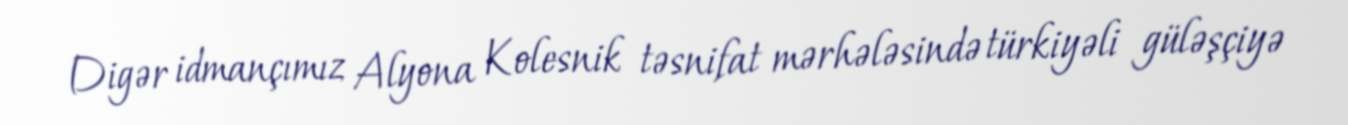
Digər idmançımız Alyona Kolesnik təsnifat mərhələsində türkiyəli güləşçiyə